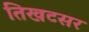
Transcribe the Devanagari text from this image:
तिखटसर